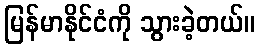
မြန်မာနိုင်ငံကို သွားခဲ့တယ်။